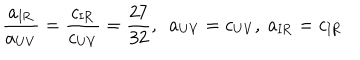
\frac { a _ { \mathrm { I R } } } { a _ { \mathrm { U V } } } = \frac { c _ { \mathrm { I R } } } { c _ { \mathrm { U V } } } = \frac { 2 7 } { 3 2 } , ~ ~ a _ { \mathrm { U V } } = c _ { \mathrm { U V } } , ~ a _ { \mathrm { I R } } = c _ { \mathrm { I R } }